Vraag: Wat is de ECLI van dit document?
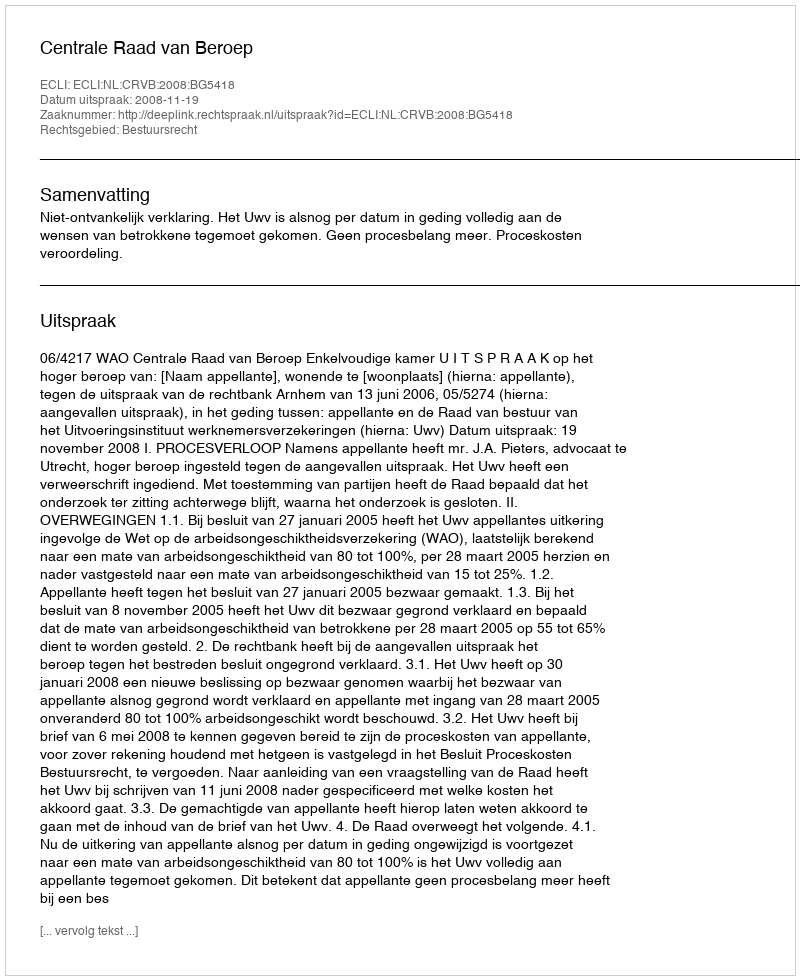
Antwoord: ECLI:NL:CRVB:2008:BG5418